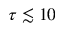
\tau \lesssim 1 0